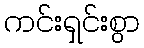
ကင်းရှင်းစွာ